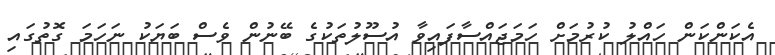
އެކަންކަން ހައްލު ކުރުމަށް ހަމަޖައްސާފައިވާ އުސޫލުތަކުގެ ބޭނުން ވެސް ބަޔަކު ނަހަމަ ގޮތުގައި